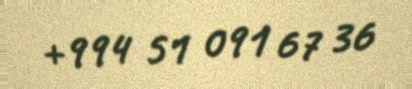
+994 51 091 67 36